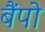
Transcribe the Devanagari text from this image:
बैंपो